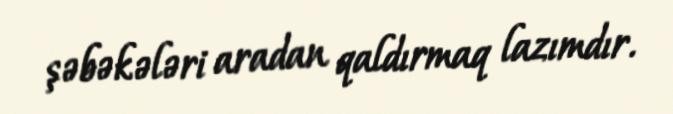
şəbəkələri aradan qaldırmaq lazımdır.